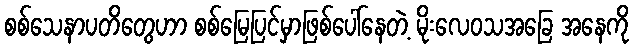
စစ်သေနာပတိတွေဟာ စစ်မြေပြင်မှာဖြစ်ပေါ်နေတဲ့ မိုးလေဝသအခြေ အနေကို